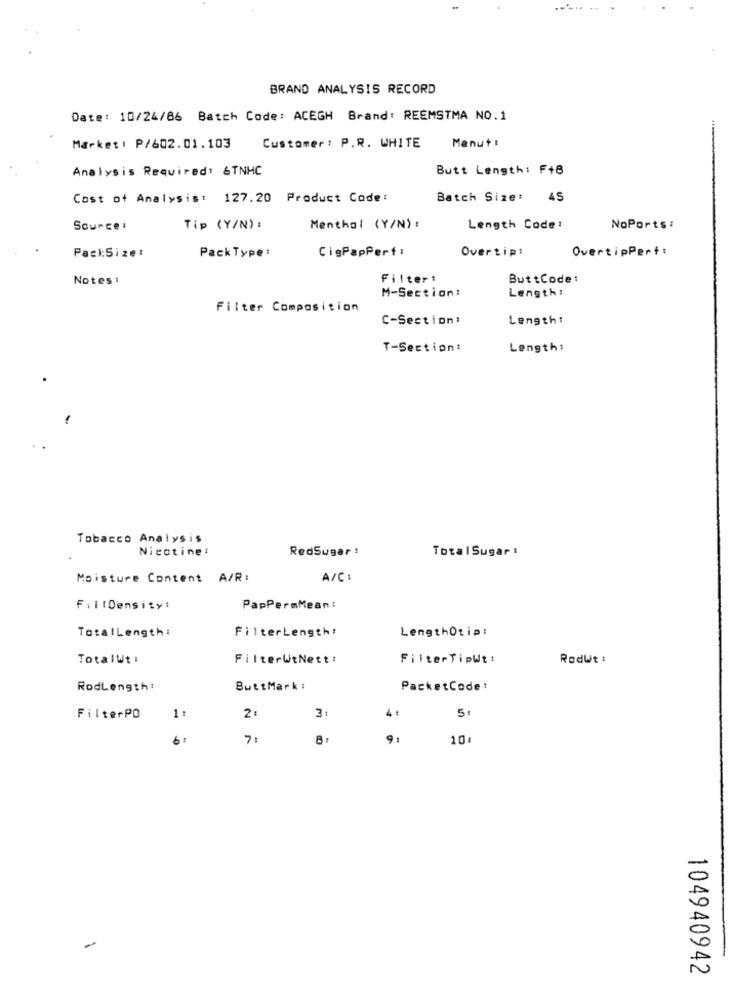
BRAND ANALYSIS RECORD
Date: 10/24/86 Batch Code: ACEGH Brand: REEMSTMA NO.1
Market : P/602.01.103
Customer: P.R. WHITE
Manut :
Analysis Required: &TNHC
Butt Length: F+8
Cost of Analysis: 127.20 Product Code:
Batch Size: 45
Source :
Tip (Y/N):
Menthal (Y/N) :
Length Code:
NoPorts:
PackType:
CigPapPerf:
Overtip:
OvertipPerf:
PackSize:
Notes :
Filter!
ButtCode:
M-Section:
Length:
Filter Composition
C-Section:
Length:
T-Section!
Length:
Tobacco Analysis
Nicotine:
RedSugar :
TotalSugar :
Moisture Content A/R:
A/C :
FillDensity:
PapPermMean:
FilterLength!
LengthOtip!
TotalLength:
TotalWt:
FilterWtNett!
FilterTipWt:
RodWt :
RodLength:
ButtMark :
PacketCode:
2
3:
4 .
FilterPO
6:
7:
9:
10
104940942